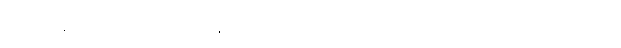
သာသနာ ၂၄၀၀ ပြည့်အထိမ်းအမှတ်အဖြစ် မင်းတုန်းမင်း တည်ထောင်ခဲ့တဲ့